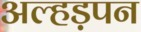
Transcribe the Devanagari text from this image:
अल्हड़पन